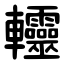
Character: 䡿